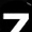
Digit: 7